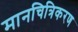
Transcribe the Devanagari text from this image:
मानचित्रिकरण